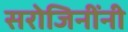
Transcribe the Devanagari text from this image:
सरोजिनींनी